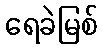
ရေခဲမြစ်